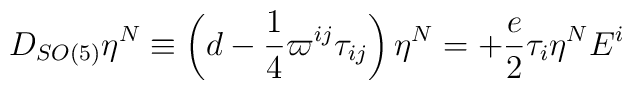
D_{SO(5)}\eta ^{N}\equiv \left( d-\frac{1}{4}\varpi ^{ij}\tau _{ij}\right) \eta ^{N}=+\frac{e}{2}\tau _{i}\eta ^{N}E^{i}